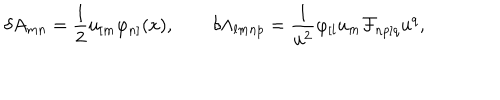
\delta A _ { m n } = { \frac { 1 } { 2 } } u _ { [ m } \varphi _ { n ] } ( x ) , \qquad \delta \Lambda _ { l m n p } = { \frac { 1 } { u ^ { 2 } } } \varphi _ { [ l } u _ { m } { \cal F } _ { n p ] q } u ^ { q } ,